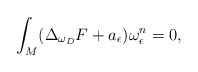
\begin{align*} \int_{M}(\Delta_{\omega_{D}}F+a_{\epsilon})\omega^n_{\epsilon}=0, \end{align*}